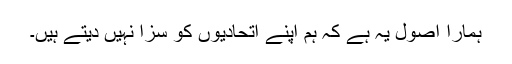
ہمارا اصول یہ ہے کہ ہم اپنے اتحادیوں کو سزا نہیں دیتے ہیں۔